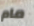
مام